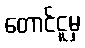
တောင်ငူမှ